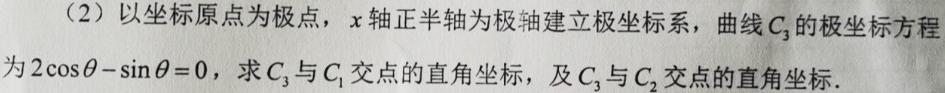
(2) 以坐标原点为极点，$x$轴正半轴为极轴建立极坐标系，曲线$C_{3}$的极坐标方程为$2\cos\theta-\sin\theta = 0$，求$C_{3}$与$C_{1}$交点的直角坐标，及$C_{3}$与$C_{2}$交点的直角坐标．